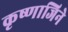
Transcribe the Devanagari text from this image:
कृष्णाजिने